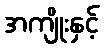
အကျိုးနှင့်